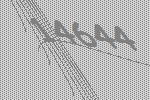
14644